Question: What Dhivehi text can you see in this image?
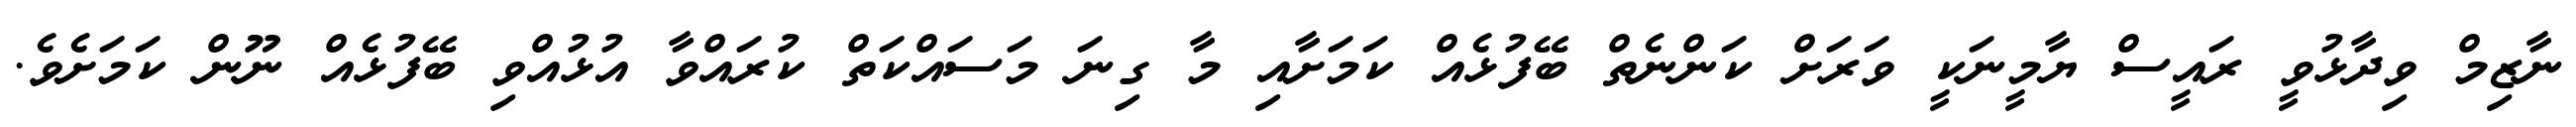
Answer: ނާޒިމް ވިދާޅުވީ ރައީސް ޔާމީނަކީ ވަރަށް ކަންނެތް ބޭފުޅެއް ކަމަށާއި މާ ގިނަ މަސައްކަތް ކުރައްވާ އުޅުއްވި ބޭފުޅެއް ނޫން ކަމަށެވެ.